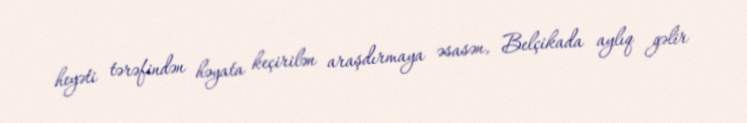
heyəti tərəfindən həyata keçirilən araşdırmaya əsasən, Belçikada aylıq gəlir